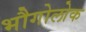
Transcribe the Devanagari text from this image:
भौगोलोक